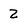
Character: 2